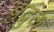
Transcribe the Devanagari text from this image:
ब्रुद्रुक